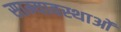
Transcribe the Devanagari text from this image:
साम्यावस्थाओं